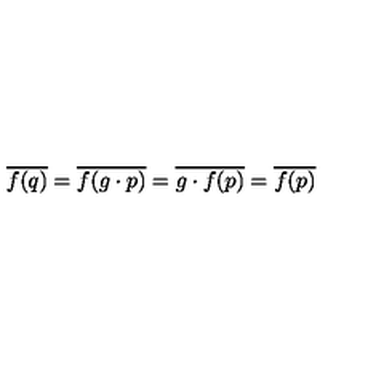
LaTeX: \overline { { f ( q ) } } = \overline { { f ( g \cdot p ) } } = \overline { { g \cdot f ( p ) } } = \overline { { f ( p ) } }